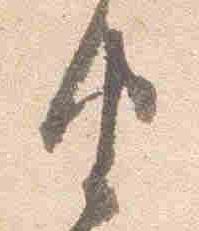
由